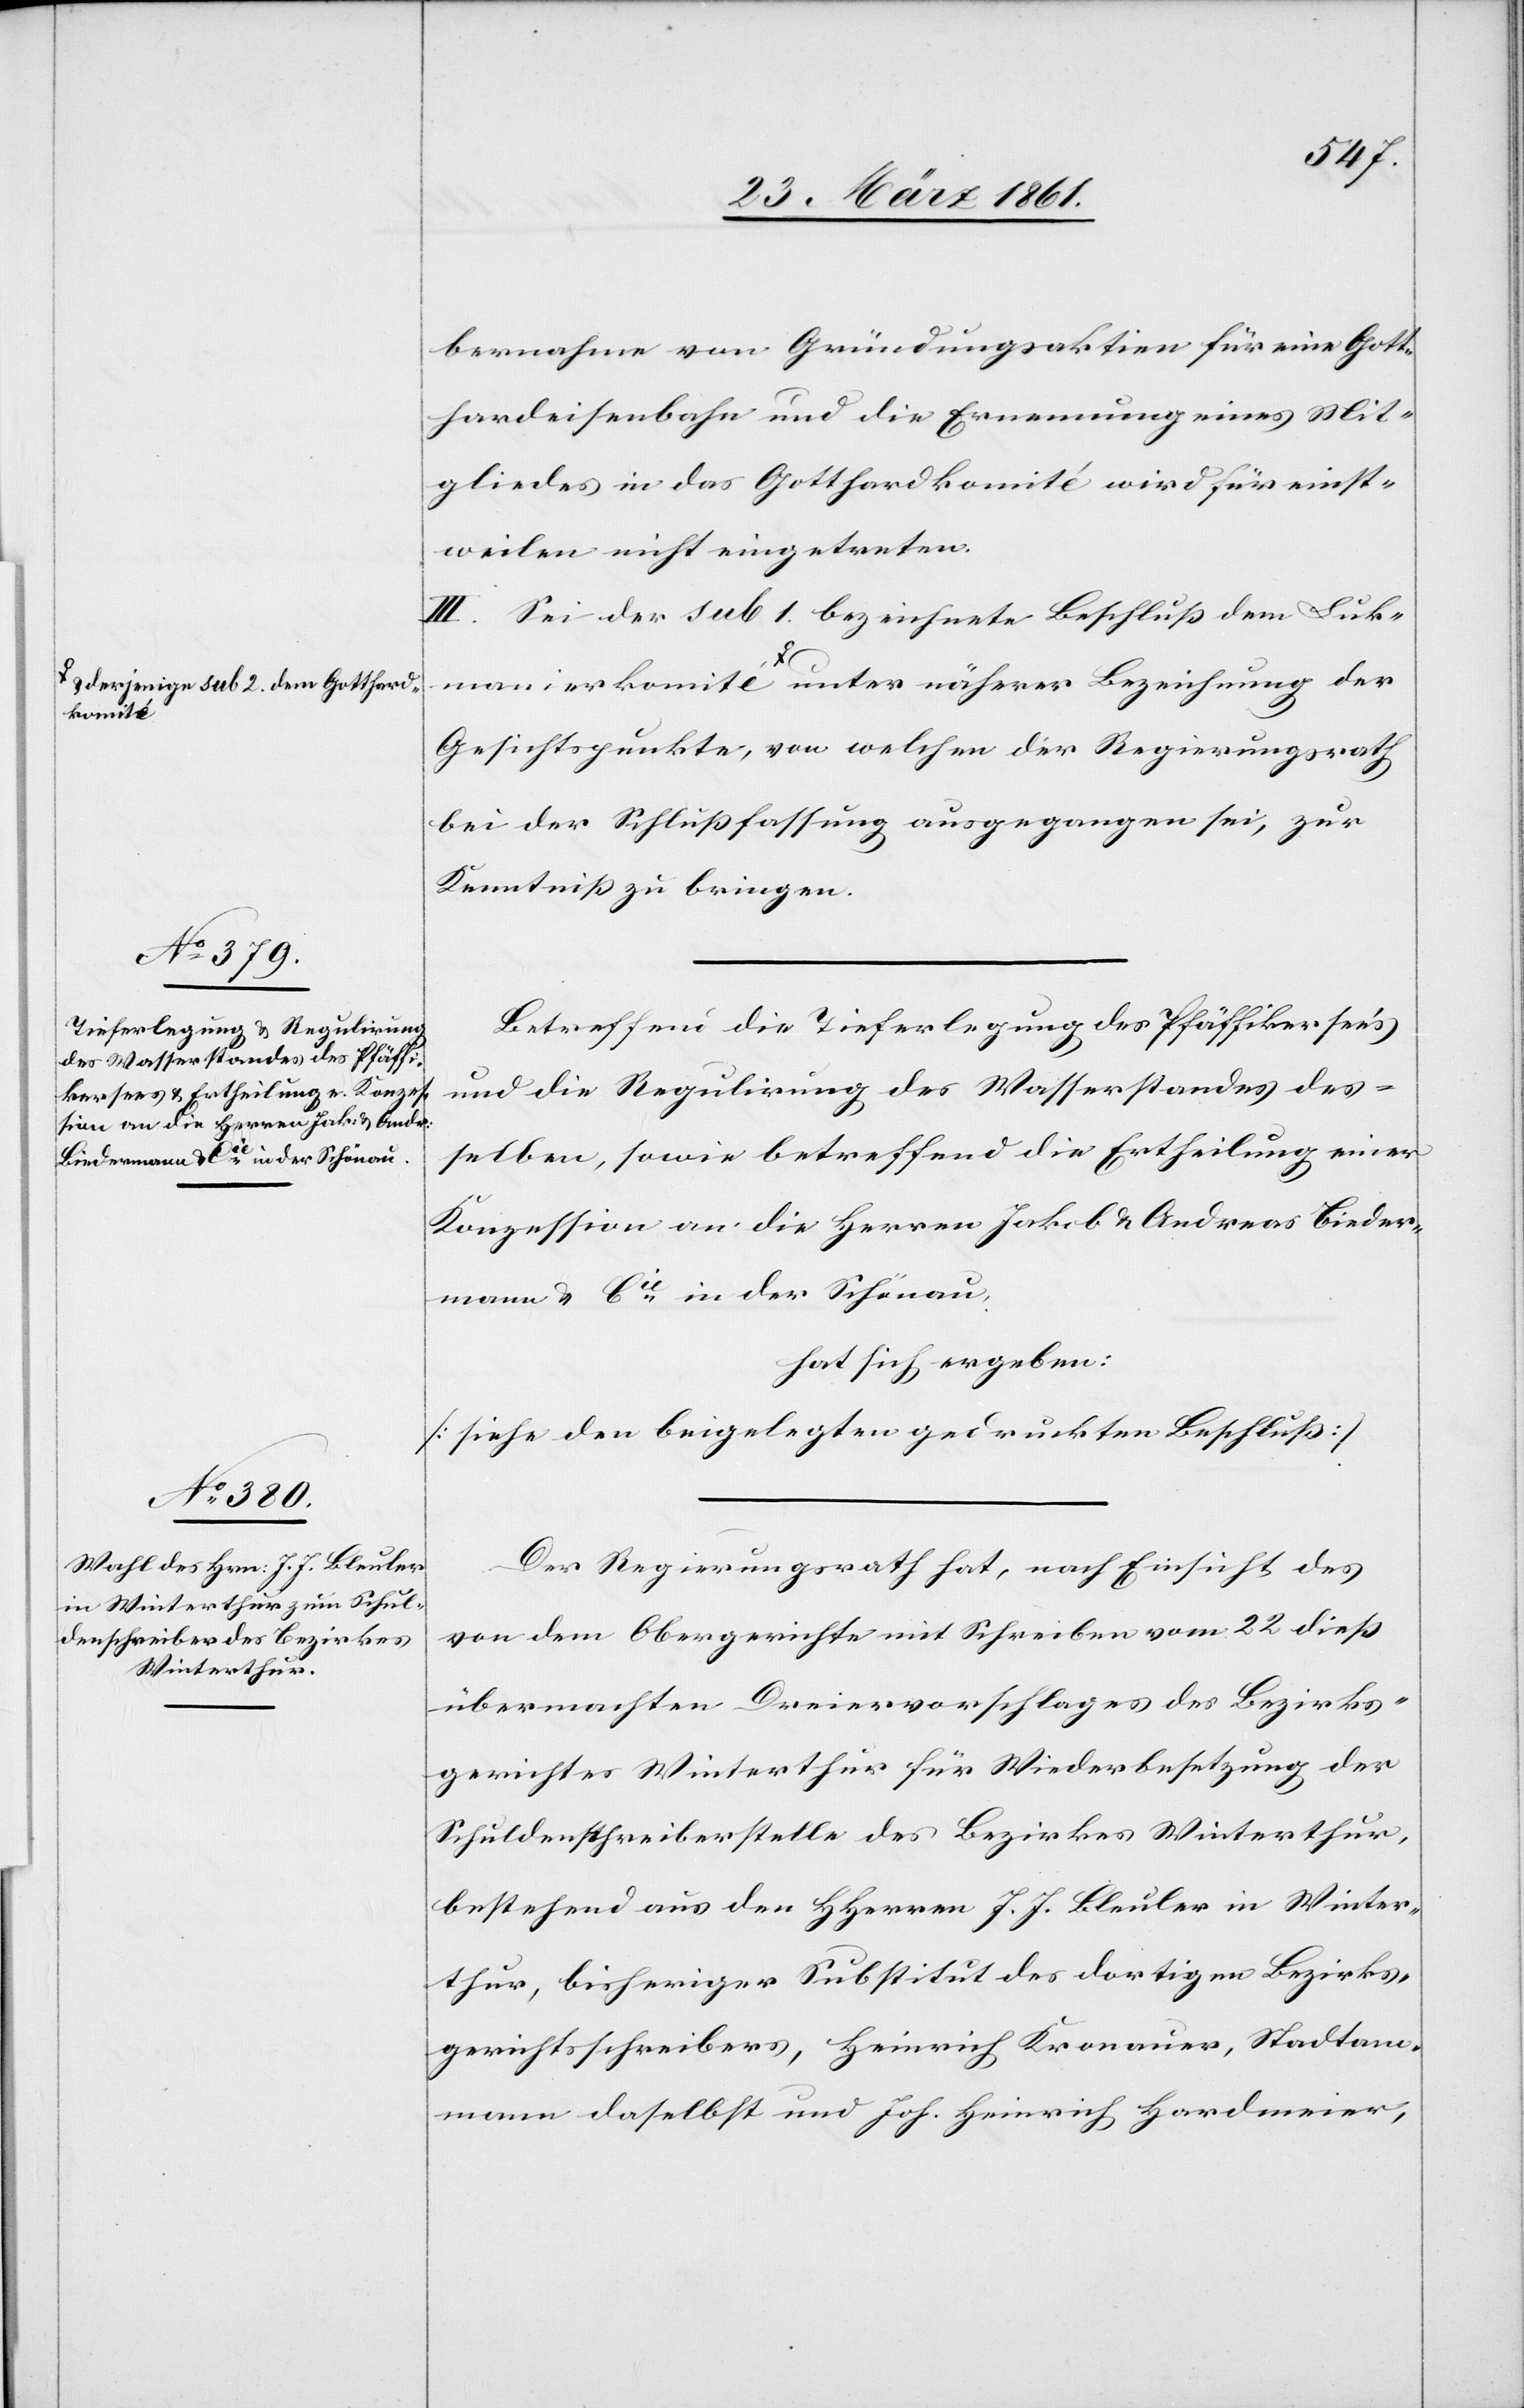
a-derjenige sub 2. dem Gotthard¬
komité

bernahme von Gründungsaktien für eine Gott¬
hardeisenbahn und die Ernennung eines Mit¬
gliedes in das Gotthardkomité wird für einst¬
weilen nicht eingetreten.
III. Sei der sub 1. bezeichnete Beschluß dem Luk¬
komité-a unter näherer Bezeichnung der
Gesichtspunkte, von welchen der Regierungsrath
bei der Schlußfassung ausgegangen sei, zur
Kenntniß zu bringen.
Betreffend die Tieferlegung des Pfäffikersee’s
und die Regulirung des Wasserstandes des¬
selben, sowie betreffend die Ertheilung einer
Konzession an die Herren Jakob u. Andreas Bieder¬
mann u. Cie in der Schönau,
hat sich ergeben:
[siehe den beigelegten gedruckten Beschluß]
Der Regierungsrath hat, nach Einsicht des
von dem Obergerichte mit Schreiben vom 22. dieß
übermachten Dreiervorschlages des Bezirks¬
gerichtes Winterthur für Wiederbesetzung der
Schuldenschreiberstelle des Bezirkes Winterthur,
bestehend aus den HHerren J. J. Bleuler in Winter¬
thur, bisheriger Substitut des dortigen Bezirks¬
gerichtsschreibers, Heinrich Kronauer, Stadtam¬
mann daselbst und Joh. Heinrich Hardmeier,